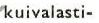
kuivalasti-